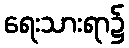
ရေးသားရာ၌